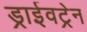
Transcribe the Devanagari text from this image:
ड्राईवट्रेन